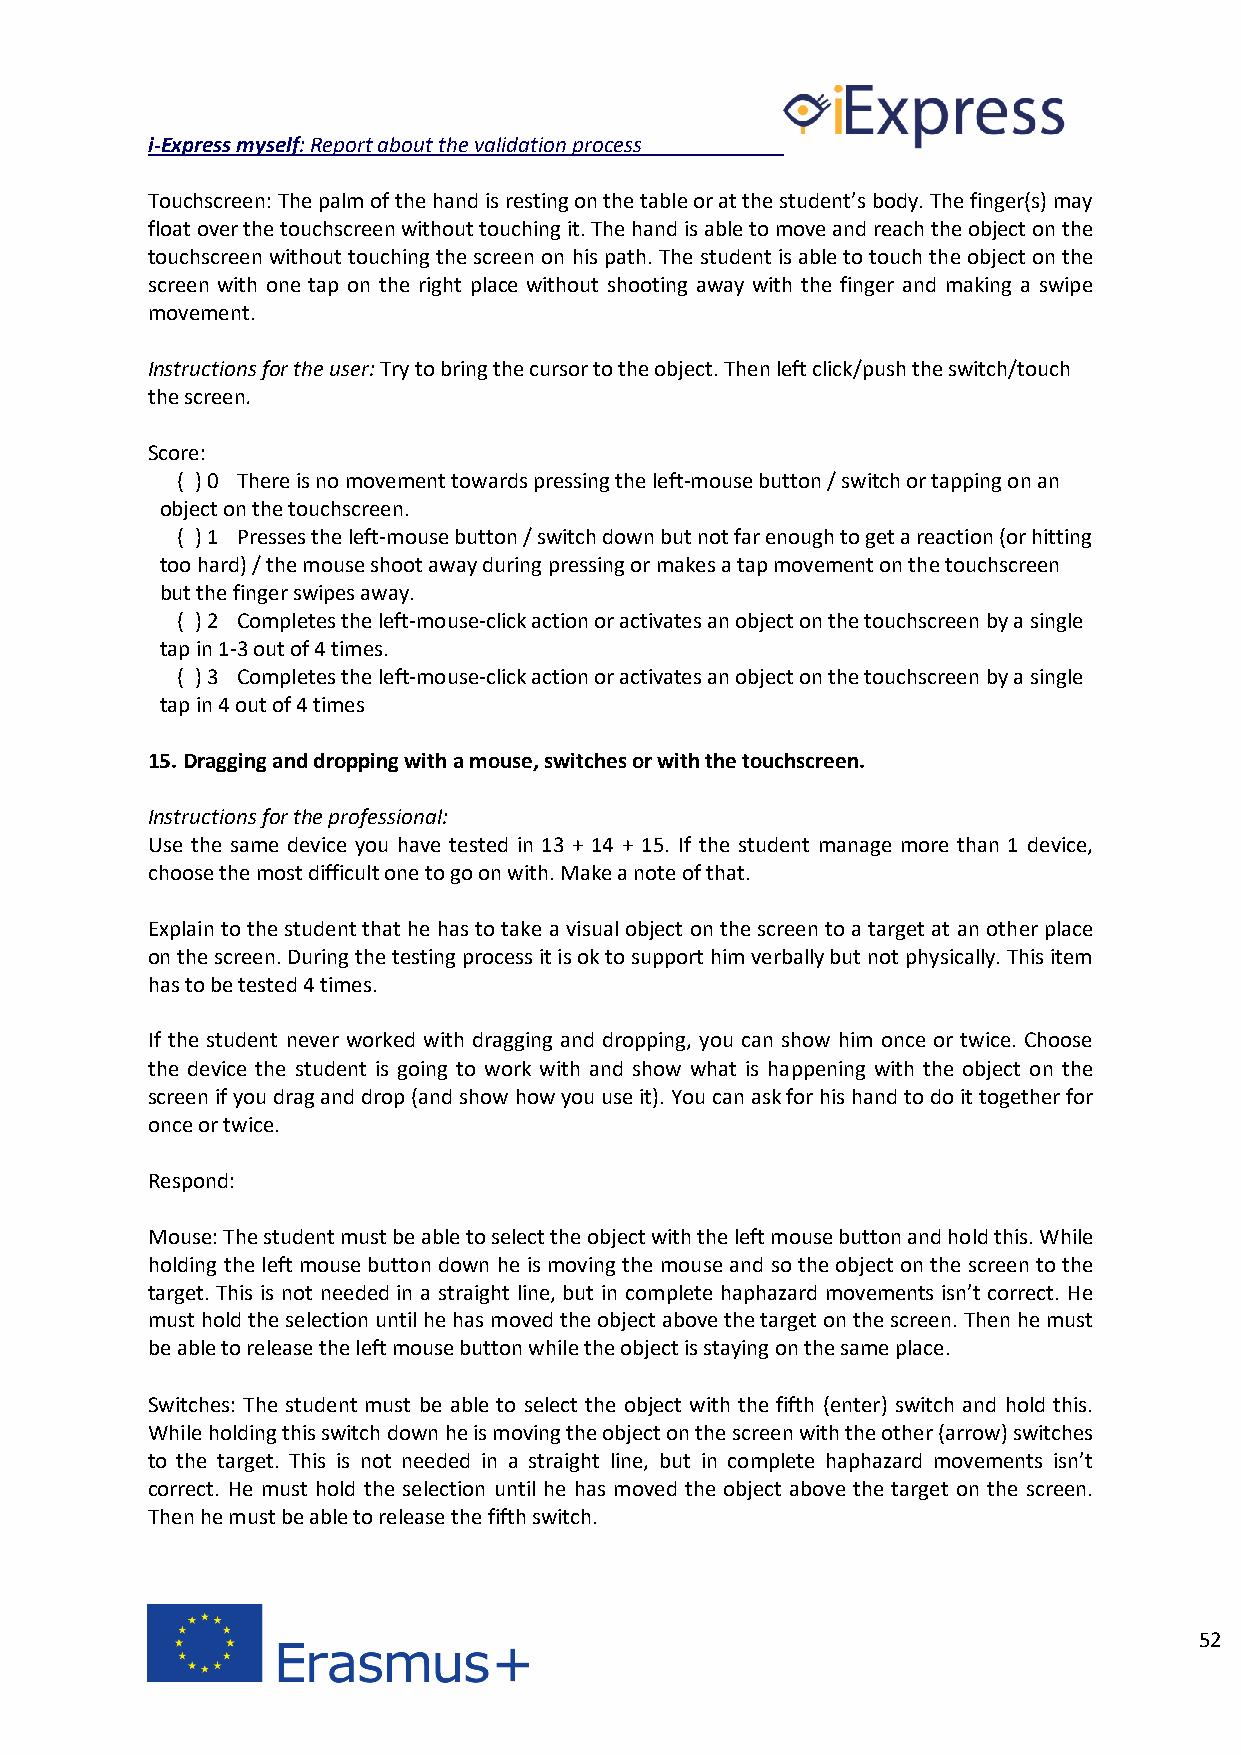
i-Express myself: Report about the validation process
 Touchscreen: The palm of the hand is resting on the table or at the student’s body. The finger(s) may
 float over the touchscreen without touching it. The hand is able to move and reach the object on the
 touchscreen without touching the screen on his path. The student is able to touch the object on the
 screen with one tap on the right place without shooting away with the finger and making a swipe
 movement.
 Instructions for the user: Try to bring the cursor to the object. Then left click/push the switch/touch
 the screen.
 Score:
 ( ) 0 There is no movement towards pressing the left-mouse button / switch or tapping on an
 object on the touchscreen.
 ( ) 1 Presses the left-mouse button / switch down but not far enough to get a reaction (or hitting
 too hard) / the mouse shoot away during pressing or makes a tap movement on the touchscreen
 but the finger swipes away.
 ( ) 2 Completes the left-mouse-click action or activates an object on the touchscreen by a single
 tap in 1-3 out of 4 times.
 ( ) 3 Completes the left-mouse-click action or activates an object on the touchscreen by a single
 tap in 4 out of 4 times
 15. Dragging and dropping with a mouse, switches or with the touchscreen.
 Instructions for the professional:
 Use the same device you have tested in 13 + 14 + 15. If the student manage more than 1 device,
 choose the most difficult one to go on with. Make a note of that.
 Explain to the student that he has to take a visual object on the screen to a target at an other place
 on the screen. During the testing process it is ok to support him verbally but not physically. This item
 has to be tested 4 times.
 If the student never worked with dragging and dropping, you can show him once or twice. Choose
 the device the student is going to work with and show what is happening with the object on the
 screen if you drag and drop (and show how you use it). You can ask for his hand to do it together for
 once or twice.
 Respond:
 Mouse: The student must be able to select the object with the left mouse button and hold this. While
 holding the left mouse button down he is moving the mouse and so the object on the screen to the
 target. This is not needed in a straight line, but in complete haphazard movements isn’t correct. He
 must hold the selection until he has moved the object above the target on the screen. Then he must
 be able to release the left mouse button while the object is staying on the same place.
 Switches: The student must be able to select the object with the fifth (enter) switch and hold this.
 While holding this switch down he is moving the object on the screen with the other (arrow) switches
 to the target. This is not needed in a straight line, but in complete haphazard movements isn’t
 correct. He must hold the selection until he has moved the object above the target on the screen.
 Then he must be able to release the fifth switch.
 52